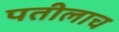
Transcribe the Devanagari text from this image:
पतीलाच